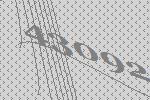
43092